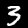
Label: 3